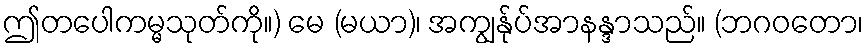
ဤတပေါကမ္မသုတ်ကို။) မေ (မယာ)၊ အကျွန်ုပ်အာနန္ဒာသည်။ (ဘဂဝတော၊